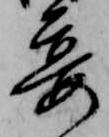
宴